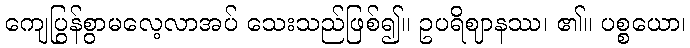
ကျေပြွန်စွာမလေ့လာအပ် သေးသည်ဖြစ်၍။ ဥပရိဈာနဿ၊ ၏။ ပစ္စယော၊